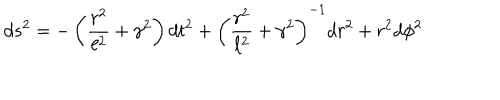
d s ^ { 2 } = - \left( { \frac { r ^ { 2 } } { \ell ^ { 2 } } } + \gamma ^ { 2 } \right) d t ^ { 2 } + \left( { \frac { r ^ { 2 } } { \ell ^ { 2 } } } + \gamma ^ { 2 } \right) ^ { - 1 } d r ^ { 2 } + r ^ { 2 } d \phi ^ { 2 }